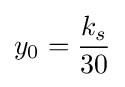
y_{0}={\frac {k_{s}}{30}}